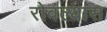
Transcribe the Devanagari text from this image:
रोवल्यास